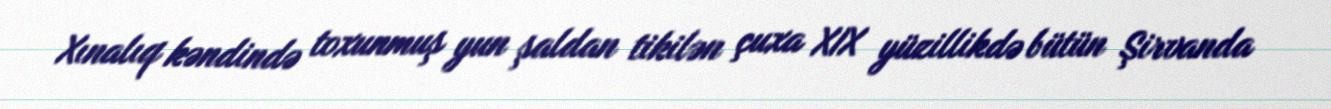
Xınalıq kəndində toxunmuş yun şaldan tikilən çuxa XIX yüzillikdə bütün Şirvanda